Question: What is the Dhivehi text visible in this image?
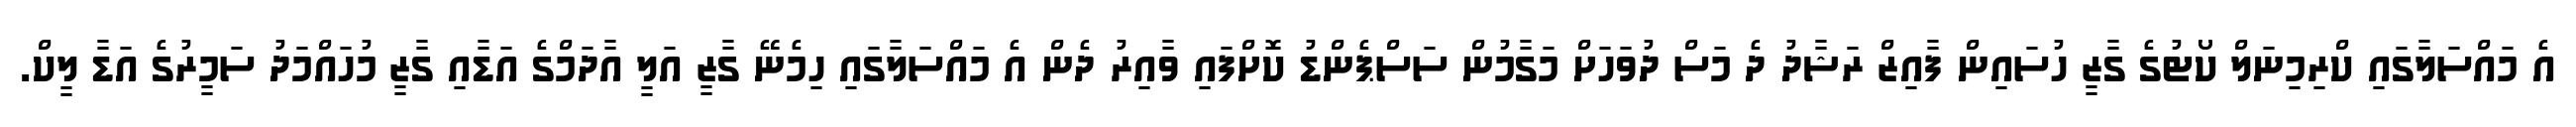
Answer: އެ މައްސަލާގައި ކްރިމިނަލް ކޯޓުގެ ގާޒީ ހުސައިން ފާއިޒް ރަޝާދު ދެ މަސް ދުވަހަށް މަގާމުން ސަސްޕެންޑު ކޮށްފައި ވާއިރު ދެން އެ މައްސަލާގައި ހިމެނޭ ގާޒީ އަލީ އާދަމްގެ އަޑާއި ގާޒީ މުހައްމަދު ސަމީރުގެ އަޑާ ލީކް.